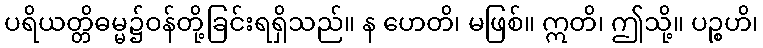
ပရိယတ္တိဓမ္မ၌ဝန်တို့ခြင်းရရှိသည်။ န ဟေတိ၊ မဖြစ်။ ဣတိ၊ ဤသို့။ ပဉ္စဟိ၊